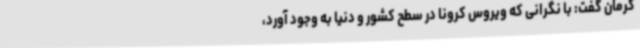
کرمان گفت: با نگرانی که ویروس کرونا در سطح کشور و دنیا به وجود آورد،